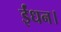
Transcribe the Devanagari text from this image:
ईंधन।